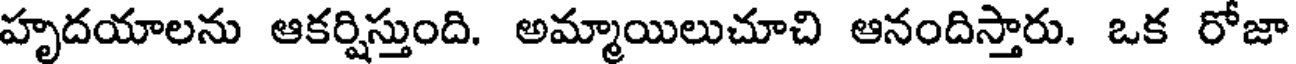
హృదయాలను ఆకర్షిస్తుంది. అమ్మాయిలుచూచి ఆనందిస్తారు. ఒక రోజా